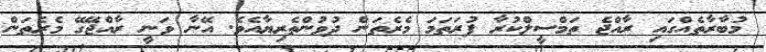
މުބާރާތެއްގައި ރާއްޖެ ތަމްސީލްކުރާ ފުރަތަމަ މެރެތަން ދުވުންތެރިޔާއެވެ. އޭނާ ވަނީ ރާއްޖޭގޭ މެރެތަން